Annual report of the Punjab Veterinary College and of the Civil Veterinary Department, Punjab - 1920-1925
Year: 1920
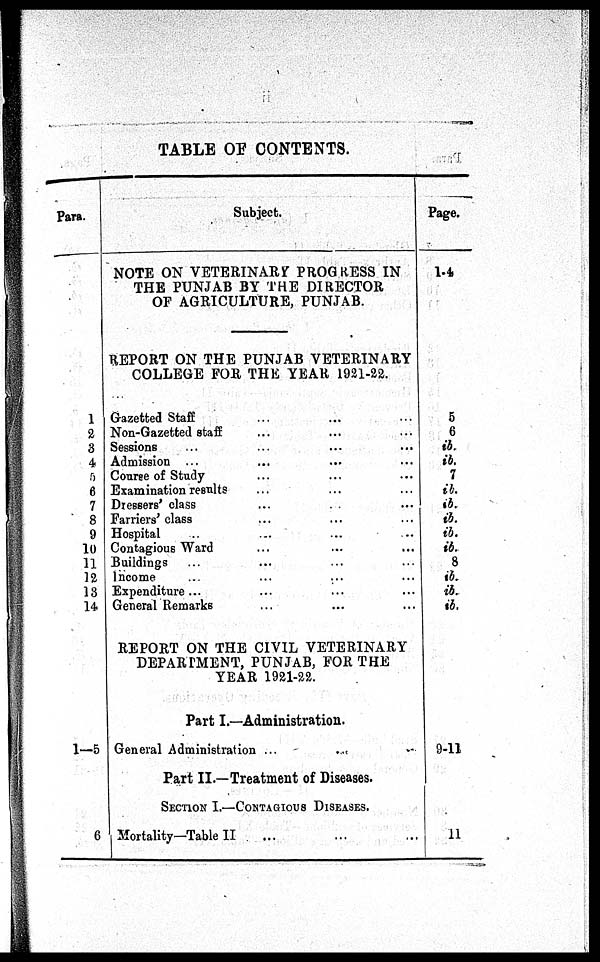
TABLE OF CONTENTS.
Para.
1
2
3
4
5
6
7
8
9
10
11
12
13
14
1—5
6
Subject.
NOTE ON VETERINARY PROGRESS IN
THE PUNJAB BY THE DIRECTOR
OF AGRICULTURE, PUNJAB.
REPORT ON THE PUNJAB VETERINARY
COLLEGE FOR THE YEAR 1921-22.
Gazetted Staff ... ... ... ... ...
Non-Gazetted staff ... ... ... ...
Sessions
...
...
...
...
Admission ... ... ... ...
Course of Study ... ... ...
Examination results ... ... ... ...
Dressers' class ... ... ...
Farriers' class ... ... ...
Hospital ... ... ... ...
Contagious Ward ... ... ... ...
Buildings ... ... ...
Income ... ... ...
Expenditure ... ... ... ...
General Remarks ... ... ... ...
REPORT ON THE CIVIL VETERINARY
DEPARTMENT, PUNJAB, FOR THE
YEAR 1921-22.
Part I.—Administration.
General Administration ...
Part II.—Treatment of Diseases.
SECTION I.—CONTAGIOUS DISEASES.
Mortality—Table II ... ... ... ...
Page.
1.4
5
6
ib. ib.
7
ib.
ib.
ib.
ib.
ib.
8
ib.
ib.
ib.
9-11
11